Calcutta medical institutions reports 1871-78
Year: 1871
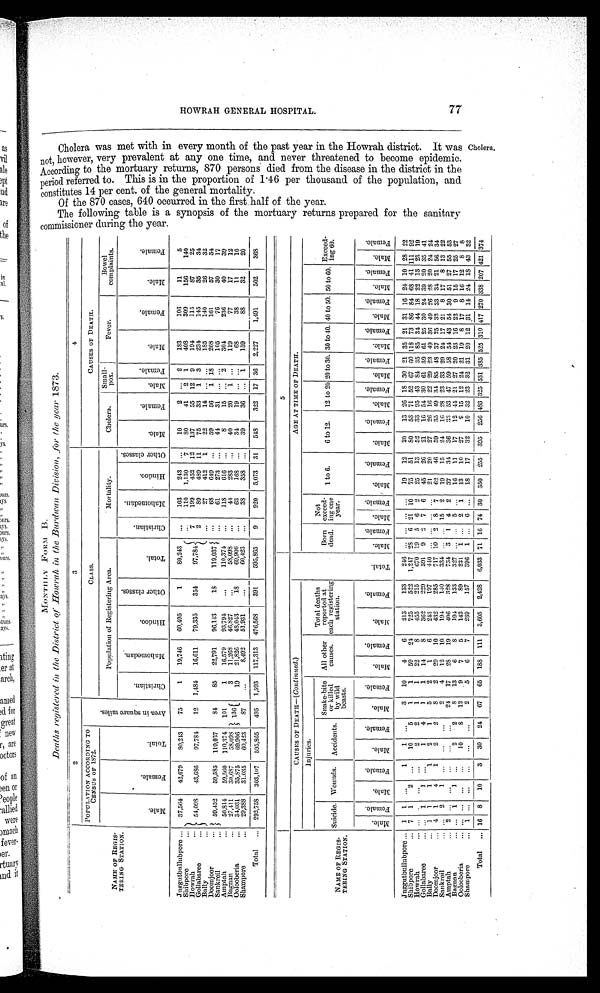
MONTHLY FORM B.
Deaths registered in the District of Howrah in the Burdwan Division, for the year 1873.
NAME OF REGIS-
TERING STATION.
2
3
4
POPULATION ACCORDING TO CENSUS OF 1872.
A r e a i n s q u a r e m i l e s .
CLASS.
CAUSES OF DEATH.
Mal e.
F e ma l e .
Total .
Population of Registering Area.
Mortality.
Cholera.
Small-
pox.
Fever.
Bowel
complaints.
C h r i s i t a n .
Ma h o me d a n .
Hi n b o o .
O t h e r c l a s s e s .
Tot al .
Ch r i s t i a n s .
M a h o m e d a n .
Hi n d o o .
O t h e r c l a s s e s .
Mal e.
F e ma l e .
Ma l e .
F e ma l e .
Mal e.
Femal e.
Mal e.
F e ma l e .
Juggutbullubpore
37,564 42,679 80,243
75
1
19,746 60,495
1
80,243 ...
103
243 ...
10
2 ... 2
133
106
11
5
Shibpore
54,098 43,686 97,784 12 1,484 16,611
79,335
354
97,784
7 110 1,130 7
80
41 2 1
408
309
156
140
Howrah
2
199
452 12 137
55 12 9
1 9 4
1 1 5
87
2 5
Gollabaree
. . . 89
489 11
75
3 3 1
3
2 3 4
145
35
34
Bally
...
27
4 1 2 1 22
1 4 ... . . .
1 8 5 140
26
32
Doomjoor
5 9 , 4 5 2
59,585 119,037
84
85
29,791
96,143
18
119,037
. . .
68
649
. . . 59
56 1 18
268
1 6 1
57
3 4
Sankreil
. . . 61
2 7 3 ...
44
3 1
...
. . .
1 0 5
7 6
30
1 7
Amptah
50,814 59,560 110,374 101
1
16,579
93,794
...
110,374 ...
118
616 ...
8
15 ...
2
3 0 4
2 3 6
40
3 9
Bagnan
27,411
30,687
58,098
1 3 6
3
11,268
46,827
...
58,098 ...
44
283
. . . 40
20 1 . . .
119
77
17
12
Oolooberia
34,031
35,875 69,906
19
21,826 48,043
18
69,906 ...
63
168 ...
34
19 ... ...
6 8 38
11
10
Shampore
29,888
31,035
60,423
87
. . . 8,492
51,931
. . . 60,423 ...
38
358 ...
39
36 ... 1
159
8 8
32
2 0
Total
292,758 303,167 595,865 495 1,593 117,313 476,568
391
595,865
9
920 5,073 31 548
322 17 36 2,227
1,491
502
368
5
NAME OF REGIS-
TERING STATION.
CAUSES OF DEATH—( Continued. )
Tot a l .
AGE AT TIME OF DEATH.
Injuries.
All other
causes.
Total deaths
reported at
each registering station.
Born
dead.
Not
exceed-
ing one year. 1 to 6.
6 to 12. 12 to 20 20 to 30. 30 to 40. 40 to 50. 50 to 60. Exceed-
ing 60.
Suicide. Wounds. Accidents.
Snake- bi t e or ki l l ed by wi l d beas t s .
Mal e.
Femal e.
Mal e.
Fe ma l e . Mal e.
Famal e. Mal e.
F e ma l e .
Mal e.
Femal e.
Mal e.
Femal e.
Mal e.
Fe ma l e . Male.
F e ma l e . Mal e.
Fe ma l e .
Mal e.
Fe ma l e . Mal e.
F e ma l e .
Mal e.
Famel .
Mal e.
Fe ma l e .
Mal e.
Fe ma l e .
Mal e.
F e ma l e . Mal e.
Fe ma l e .
Juggutbullubpore
1 1
. . .
1
1
. . .
3
1 0
4
6
2 1 3
1 3 3
2 4 6 . . . . . . . . . ...
1 9 12
2 0
1 3 26 1 8 3 0 2 1 3 5 2 1 31 1 6 2 4 1 0 2 8 2 2
Shibpore
7 1
2
. . .
1 0
5
1
1
5 9
2 4
7 2 5
5 2 2
1 , 2 4 7 2 8 6 2 1 10
7 5 51
8 0
5 3 71 5 2 6 7 6 0 1 1 8 7 3 86 8 4 6 8
4 1 1 1 1 9 2
Howrah
... . . .
. . .
. . .
2
2
1
1
2 2
8
4 5 5
2 1 5
6 7 0 1 9 5 6 2
2 5 13
5 2
3 3 95 4 3 8 4 3 5 8 5 3 4 44 1 8 2 2 1 3 2 3 1 9
Gollabaree
... 1
1
. . .
1
4
1
1
1 4
8
3 6 2
2 2 9
5 9 1 9 2 7 6
4 5 26
2 1
1 6 54 3 0 6 1 3 9 6 1 2 5 30 2 4 3 9 2 0 3 5 4 1
Bally
1 1
1
1
2
1
5
2
1
6
2 4 3
1 9 7
4 4 0 . . . . . . . . . ...
2 1 20
2 7
2 6 16 2 2 2 9 2 3 4 9 3 6 49 2 6 2 8 2 0 2 4 2 4
Doomjoor
4 1
4
1
2
2
8
2
2 9
1 0
4 3 2
2 8 5
7 1 7 1 0 2 8 7
6 2 46
5 9
3 5 49 3 4 8 5 4 8 3 7 2 5 32 3 3 3 4 2 1 5 6 3 4
Sankreil
... 2
1
. . .
. . .
. . .
2
4
1 2
1 0
1 9 4
1 4 0
3 3 4 . . . . . . 1 5 2
1 9 15
2 4
1 6 28 2 3 3 3 2 9 2 7 1 7 21 8 1 7 8 1 3 2 2
Amptah
2 . . .
. . .
. . .
. . .
. . .
2 4
1 7
2 8
1 9
4 0 6
3 2 8
7 3 4 3 1 4 2
3 7 34
3 6
3 3
53
4 7 5 9 5 8 5 4 4 3
54
3 0 5 1 2 7 5 5 5 3
Bagnan
... 1
1
. . .
2
2
8
1 3
6
8
1 9 4
1 3 3
3 2 7 . . . . . 5 ...
1 6 11
1 7
1 2 44 2 1 2 7 2 0 2 3 1 6 22 9 1 5 1 7 2 5 2 7
Oolooberia
... . . .
. . .
. . .
1 0
8
1 2
9
7
5
1 4 2
8 9
2 3 1 1
. . . 2 1
1 3 10
2 7
9 15 1 2 2 4 2 1 1 9 8 17 8 1 6 1 2 8 8
Shampore
1
. . .
. . .
. . .
. . .
. . .
2
5
6
7
2 3 9
1 5 7
3 9 6 1 . . .
6 ...
1 8
17
3 2
1 0
32
2 3 3 2 3 1 2 0 1 2
31
1 4 2 4 1 8 4 3 3 2
Total
16 8
1 0
3
3 0
2 4
6 7
6 5
1 8 8
1 1 1
3 , 6 0 5
2 , 4 2 8
6 , 0 3 3 7 1 1 6 7 4 30
3 5 0 255
3 9 5
2 5 6 483 3 2 5 5 3 1 3 8 5 5 2 5 3 1 0417 2 7 0 3 3 8 2 0 7 4 2 1 3 7 4
H O W R A H G E N E R A L H O S P I T A L . 7 7
C h o l e r a w a s m e t w i t h i n e v e r y m o n t h o f t h e p a s t y e a r i n t h e H o w r a h d i s t r i c t . I t w a s n o t , h o w e v e r , v e r y p r e v a l e n t a t a n y o n e t i m e , a n d n e v e r t h r e a t e n e d t o b e c o m e e p i d e m i c . A c c o r d i n g t o t h e m o r t u a r y r e t u r n s , 8 7 0 p e r s o n s d i e d f r o m t h e d i s e a s e i n t h e d i s t r i c t i n t h e p e r i o d r e f e r r e d t o . T h i s i s i n t h e p r o d u c t i o n o f 1 . 4 6 p e r t h o u s a n d o f t h e p o p u l a t i o n , a n d c o n s t i t u t e s 1 4 p e r c e n t . o f t h e g e n e r a l m o r t a l i t y .
O f t h e 8 7 0 c a s e s , 6 4 0 o c c u r e d i n t h e f i r s t h a l f o f t h e y e a r .
T h e f o l l o w i n g t a b l e s a s y n o p s i s o f t h e m o r t u a r y r e t u r n s p r e p a r e d f o r t h e s a n i t a r y c o m m i s s i o n e r d u r i n g t h e y e a r .
Chol era.